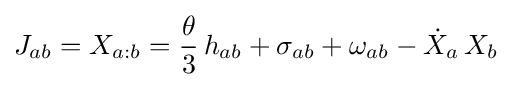
J_{ab}=X_{a:b}={\frac {\theta }{3}}\,h_{ab}+\sigma _{ab}+\omega _{ab}-{\dot {X}}_{a}\,X_{b}